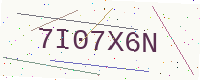
Text: 7I07X6N